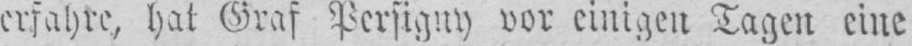
erfahre, hat Graf Persigny vor einigen Tagen eine